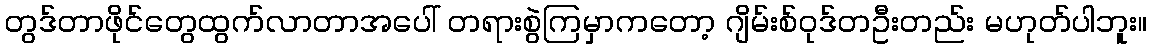
တွဒ်တာဖိုင်တွေထွက်လာတာအပေါ် တရားစွဲကြမှာကတော့ ဂျိမ်းစ်ဝုဒ်တဦးတည်း မဟုတ်ပါဘူး။